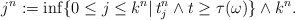
\begin{align*} j^n:=\inf \{0\leq j\leq k^n|\, t_j^n\wedge t \geq \tau(\omega)\} \wedge k^n. \end{align*}